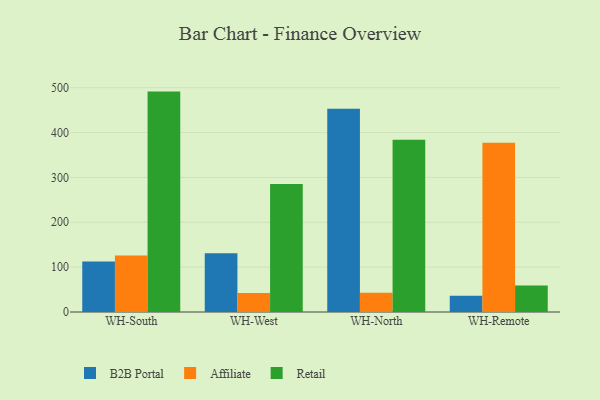
{"axis": {"x": "Warehouse", "y": "Shipments"}, "legend": ["Affiliate", "B2B Portal", "Retail"], "data": [{"x": "WH-South", "y": 112.8, "type": "B2B Portal"}, {"x": "WH-South", "y": 126.2, "type": "Affiliate"}, {"x": "WH-South", "y": 491.3, "type": "Retail"}, {"x": "WH-West", "y": 131.0, "type": "B2B Portal"}, {"x": "WH-West", "y": 42.4, "type": "Affiliate"}, {"x": "WH-West", "y": 285.3, "type": "Retail"}, {"x": "WH-North", "y": 453.0, "type": "B2B Portal"}, {"x": "WH-North", "y": 43.1, "type": "Affiliate"}, {"x": "WH-North", "y": 384.1, "type": "Retail"}, {"x": "WH-Remote", "y": 36.0, "type": "B2B Portal"}, {"x": "WH-Remote", "y": 377.5, "type": "Affiliate"}, {"x": "WH-Remote", "y": 59.1, "type": "Retail"}]}